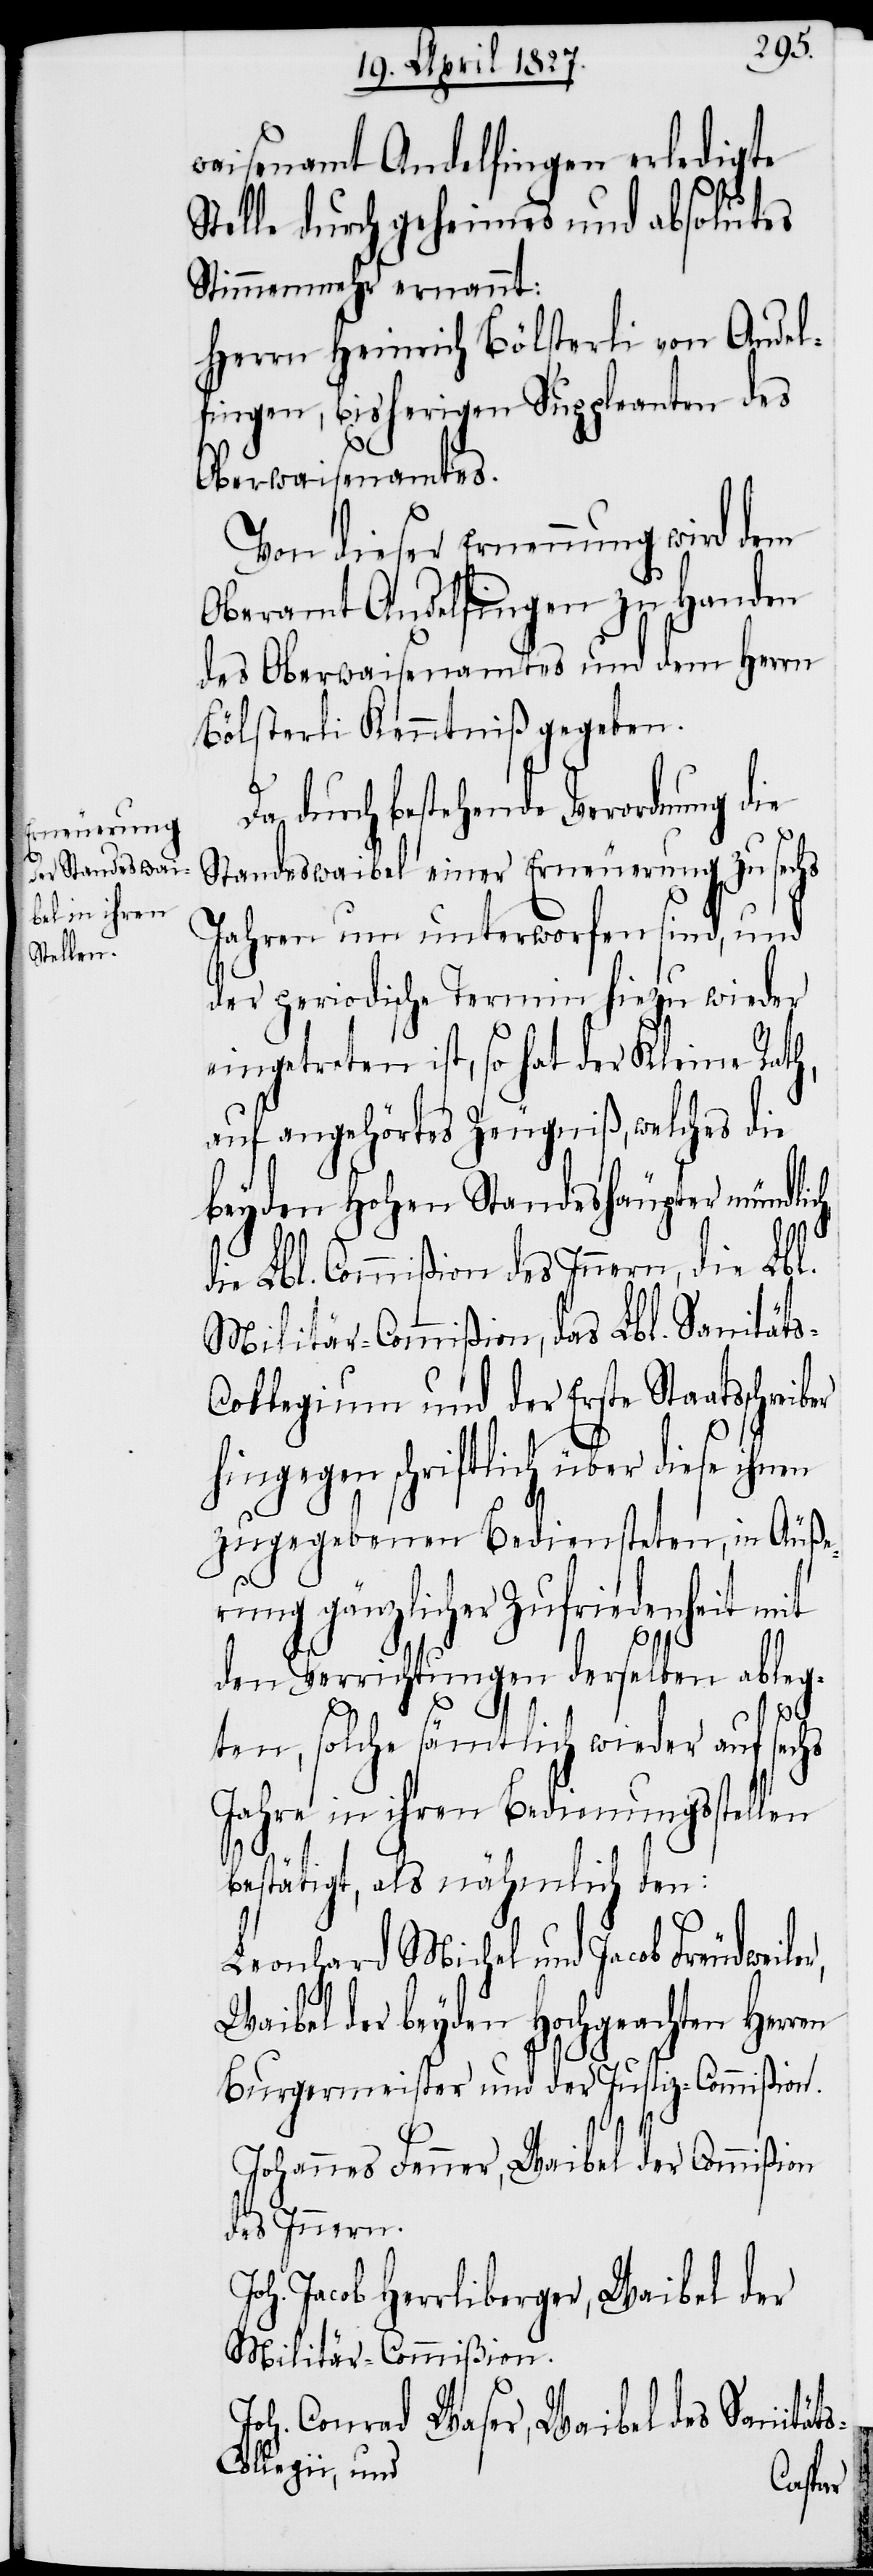
waisenamt Andelfingen erledigte
Stelle durch geheimes und absolutes
Stimmenmehr ernannt:
Herrn Heinrich Bölsterli von Andel¬
fingen, bisherigen Suppleanten des
Oberwaisenamtes.
Von dieser Ernennung wird dem
Oberamt Andelfingen zu Handen
des Oberwaisenamtes und dem Herrn
Bölsterli Kenntniß gegeben.
Da durch bestehende Verordnung die
Standeswaibel einer Erneuerung zu sechs
Jahren um unterworfen sind, und
der periodische Termin hiezu wieder
eingetreten ist, so hat der Kleine Rath,
auf angehörtes Zeugniß, welches die
beyden Hohen Standeshäupter mündli¬
die Lbl. Commißion des Innern, die Lbl.
Militär-Commißion, das Lbl. Sanität¬
ollegium und der Erste Staatsschreib¬
ingegen schriftlich über diese
zugegebenen Bediensteten, in Äuße¬
rung gänzlicher Zufriedenheit mit
er h¬
den Verrichtungen derselben ableg¬
r,
ten, solche sämtlich wieder auf sechs
Jahre in ihren Bedienungsstellen
bestätigt, als nähmlich den:
Leonhard Michel und Jacob Freudweile¬
Waibel der beyden Hochgeachten Herren
Burgermeister und der Justiz-Commißion.
Johannes Fenner, Waibel der Commißion
des Innern.
Joh. Jacob Herrliberger, Waibel der
Militär-Commißion.
Joh. Conrad Waser, Waibel des Sanität¬
s-Collegii, und